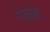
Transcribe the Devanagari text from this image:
गनोख